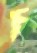
চ